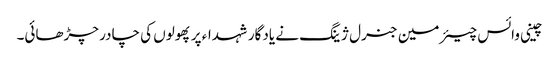
چینی وائس چیئرمین جنرل ژینگ نے یادگار شہداء پر پھولوں کی چادر چڑھائی۔